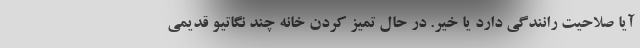
آیا صلاحیت رانندگی دارد یا خیر. در حال تمیز کردن خانه چند نگاتیو قدیمی